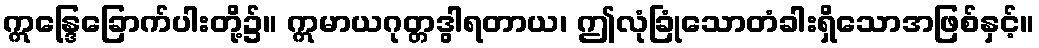
ဣန္ဒြေခြောက်ပါးတို့၌။ ဣမာယဂုတ္တဒွါရတာယ၊ ဤလုံခြုံသောတံခါးရှိသောအဖြစ်နှင့်။